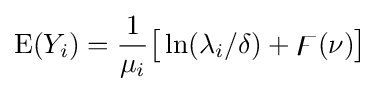
\operatorname {E} (Y_{i})={\frac {1}{\mu _{i}}}{\big [}\ln(\lambda _{i}/\delta )+\digamma (\nu ){\big ]}